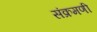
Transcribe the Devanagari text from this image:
संक्रमणी